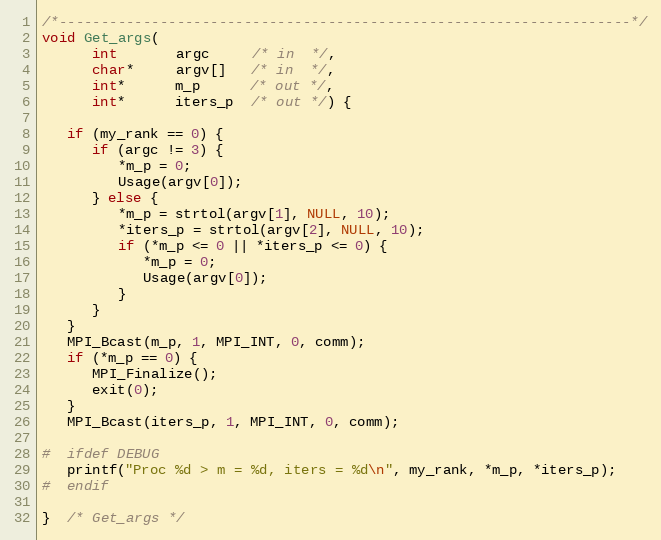
Language: C
/*--------------------------------------------------------------------*/
void Get_args(
      int       argc     /* in  */,
      char*     argv[]   /* in  */,
      int*      m_p      /* out */,
      int*      iters_p  /* out */) {

   if (my_rank == 0) {
      if (argc != 3) {
         *m_p = 0;
         Usage(argv[0]);
      } else {
         *m_p = strtol(argv[1], NULL, 10);
         *iters_p = strtol(argv[2], NULL, 10);
         if (*m_p <= 0 || *iters_p <= 0) {
            *m_p = 0;
            Usage(argv[0]);
         }
      }
   }
   MPI_Bcast(m_p, 1, MPI_INT, 0, comm);
   if (*m_p == 0) {
      MPI_Finalize();
      exit(0);
   }
   MPI_Bcast(iters_p, 1, MPI_INT, 0, comm);

#  ifdef DEBUG
   printf("Proc %d > m = %d, iters = %d\n", my_rank, *m_p, *iters_p);
#  endif

}  /* Get_args */